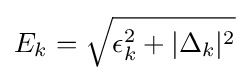
E_{k}={\sqrt {\epsilon _{k}^{2}+|\Delta _{k}|^{2}}}